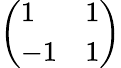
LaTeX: \left(\begin{array}{ll}{1}&{1}\\ {-1}&{1}\end{array}\right)